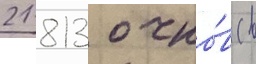
21 813 очко́в (в